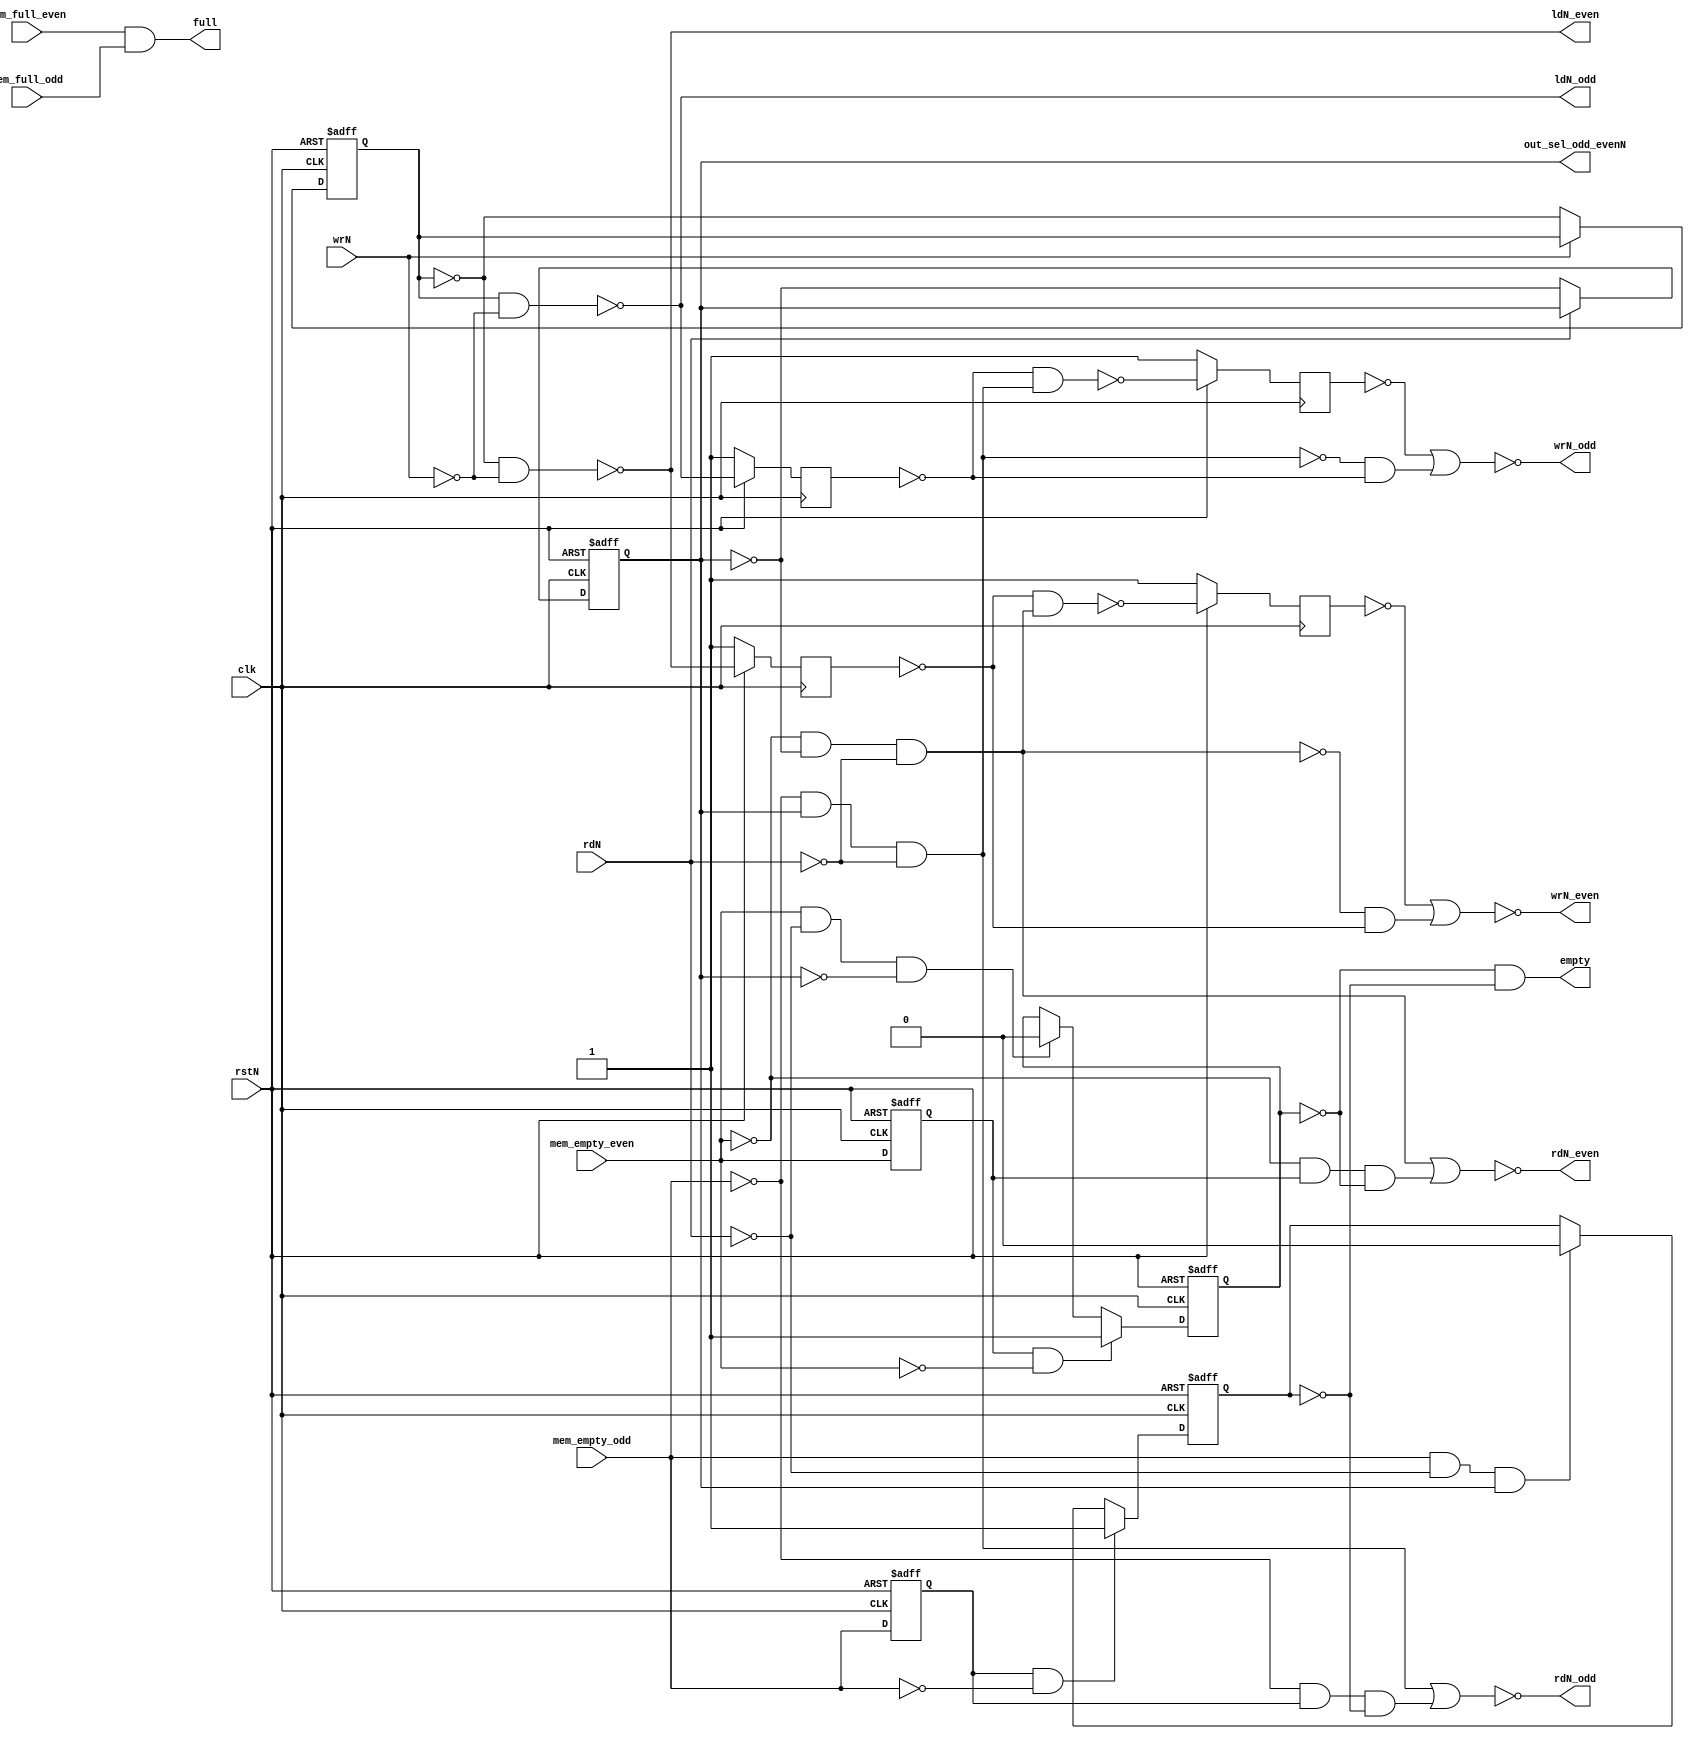
module fifo_cntrl(clk, rstN, wrN, rdN, empty, full, mem_empty_even, mem_empty_odd,
                mem_full_even, mem_full_odd, ldN_even, ldN_odd, out_sel_odd_evenN,
                rdN_even, wrN_even, rdN_odd, wrN_odd);

input clk, rstN, wrN, rdN;
input mem_full_even, mem_full_odd, mem_empty_even, mem_empty_odd;
output ldN_even, ldN_odd, out_sel_odd_evenN, rdN_even, wrN_even, rdN_odd, wrN_odd, empty, full;

reg out_sel_odd_evenN, in_sel_odd_evenN, mem_empty_even_dly, mem_empty_odd_dly,
    dout_avail_even, dout_avail_odd;
    
reg ldN_even_dly, ldN_odd_dly, wrN_even_dly_by_rdN, wrN_odd_dly_by_rdN;
wire rdN_mem_even, rdN_mem_odd;

wire first_dout_even, first_dout_odd;

always @(posedge clk or negedge rstN)
  if (!rstN) out_sel_odd_evenN <= 0;
  else if (!rdN) out_sel_odd_evenN <= ~out_sel_odd_evenN;

always @(posedge clk or negedge rstN)
  if (!rstN) in_sel_odd_evenN <= 0;
  else if (!wrN) in_sel_odd_evenN <= ~in_sel_odd_evenN;

always @(posedge clk or negedge rstN)
  if (!rstN) mem_empty_even_dly <= 0;
  else mem_empty_even_dly <= mem_empty_even;

always @(posedge clk or negedge rstN)
  if (!rstN) mem_empty_odd_dly <= 0;
  else mem_empty_odd_dly <= mem_empty_odd;

always @(posedge clk or negedge rstN)
  if (!rstN) dout_avail_even <= 0;
  else if (mem_empty_even_dly && !mem_empty_even) dout_avail_even <= 1'b1;
       else if (mem_empty_even && !rdN && !out_sel_odd_evenN) dout_avail_even <= 1'b0;

always @(posedge clk or negedge rstN)
  if (!rstN) dout_avail_odd <= 0;
  else if (mem_empty_odd_dly && !mem_empty_odd) dout_avail_odd <= 1'b1;
       else if (mem_empty_odd && !rdN && out_sel_odd_evenN) dout_avail_odd <= 1'b0;

always @(posedge clk)
  if (!rstN)
  begin
//    rdN_mem_even <= 1'b1;
//    rdN_mem_odd <= 1'b1;
    ldN_even_dly <= 1'b1;
    ldN_odd_dly <= 1'b1;
    wrN_even_dly_by_rdN <= 1'b1;
    wrN_odd_dly_by_rdN <= 1'b1;
  end
  else
  begin
//    rdN_mem_even <= ~(~mem_empty_even & ~out_sel_odd_evenN & ~rdN);
//    rdN_mem_odd <= ~(~mem_empty_odd & out_sel_odd_evenN & ~rdN);
    ldN_even_dly <= ldN_even;
    ldN_odd_dly <= ldN_odd;
    wrN_even_dly_by_rdN <= ~(~ldN_even_dly & ~ rdN_mem_even);
    wrN_odd_dly_by_rdN <= ~(~ldN_odd_dly & ~ rdN_mem_odd);
  end

assign rdN_mem_even = ~(~mem_empty_even & ~out_sel_odd_evenN & ~rdN);
assign rdN_mem_odd = ~(~mem_empty_odd & out_sel_odd_evenN & ~rdN);

assign ldN_even = ~(~in_sel_odd_evenN & ~wrN);
assign ldN_odd = ~(in_sel_odd_evenN & ~wrN);
assign first_dout_even = ~mem_empty_even & mem_empty_even_dly & ~ dout_avail_even;
assign first_dout_odd = ~mem_empty_odd & mem_empty_odd_dly & ~ dout_avail_odd;

assign rdN_even = ~(~rdN_mem_even | first_dout_even);
assign rdN_odd = ~(~rdN_mem_odd | first_dout_odd);
assign wrN_even = ~(~wrN_even_dly_by_rdN | (rdN_mem_even & ~ldN_even_dly));
assign wrN_odd = ~(~wrN_odd_dly_by_rdN | (rdN_mem_odd & ~ldN_odd_dly));
/*
assign rdN_even = ~rdN_mem_even | first_dout_even;
assign rdN_odd = ~rdN_mem_odd | first_dout_odd;
assign wrN_even = ~wrN_even_dly_by_rdN | (rdN_mem_even & ~ldN_even_dly);
assign wrN_odd = ~wrN_odd_dly_by_rdN | (rdN_mem_odd & ~ldN_odd_dly);
*/
assign full = mem_full_even & mem_full_odd;
assign empty = ~dout_avail_even & ~dout_avail_odd;

endmodule